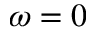
\omega = 0